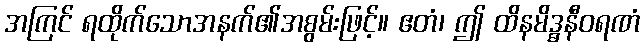
အကြင် ရထိုက်သောအနက်၏အစွမ်းဖြင့်။ ဧတံ၊ ဤ ထိနမိဒ္ဓနီဝရဏံ